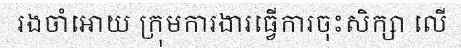
រងចាំអោយ ក្រុមការងារធ្វើការចុះសិក្សា លើ